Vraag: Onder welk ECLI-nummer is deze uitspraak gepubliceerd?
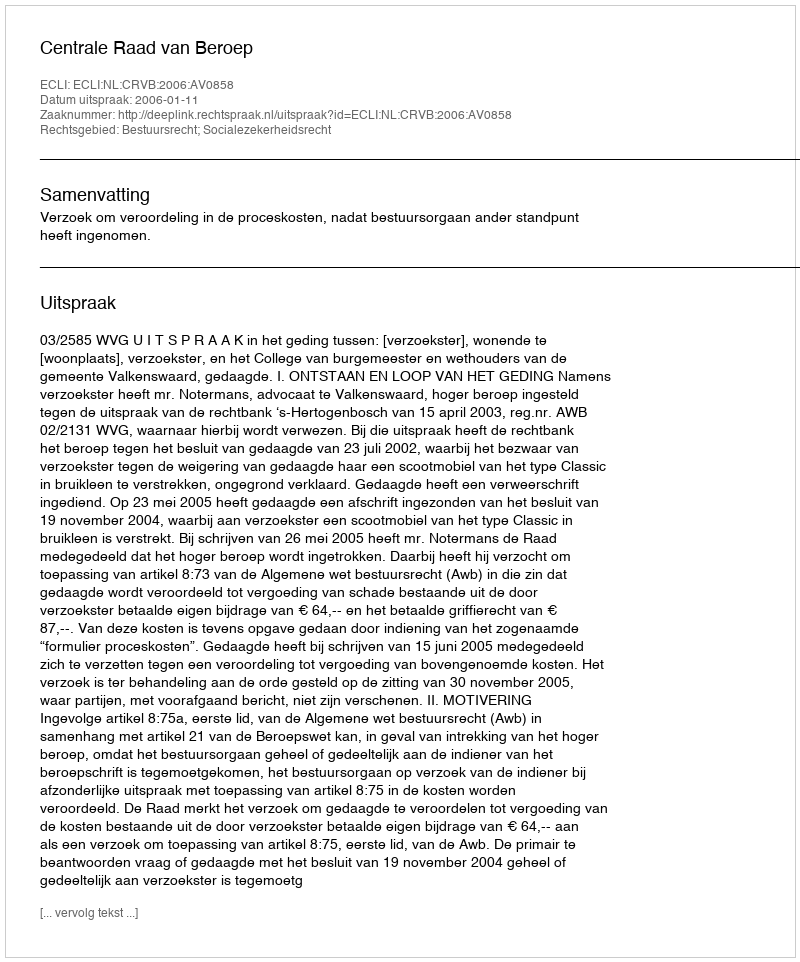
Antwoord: ECLI:NL:CRVB:2006:AV0858